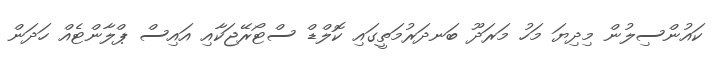
ކައުންސިލުން މިދިޔަ މަހު މަރަދޫ ބަނދަރުމަތީގައި ކޮލްޑް ސްޓޯރޭޖަކާއި އައިސް ޕްލާންޓެއް ހަދަން